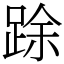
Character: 䟻